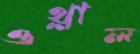
ওথ্‌লাল